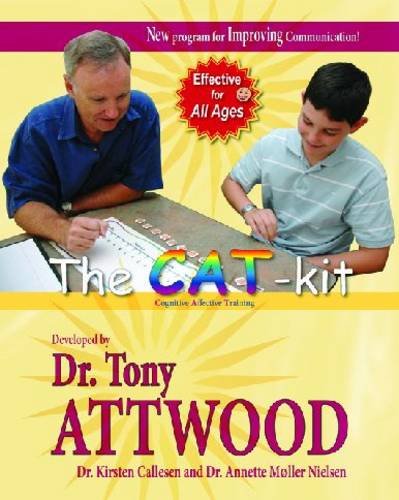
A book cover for The CAT-Kit: Cognitive Affective Training: New Program for Improving Communication!; Tony Attwood; Health, Fitness & Dieting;